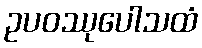
ဥပဝဿုပေါသထံ